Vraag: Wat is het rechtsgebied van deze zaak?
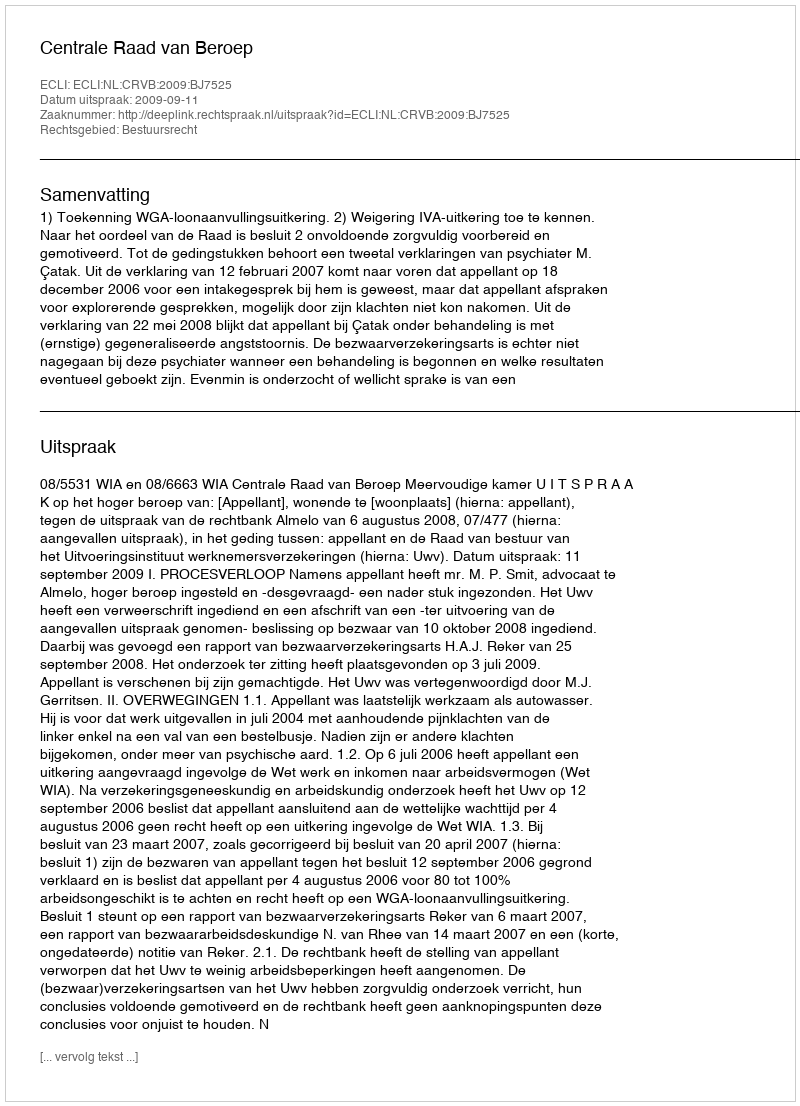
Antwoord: Bestuursrecht